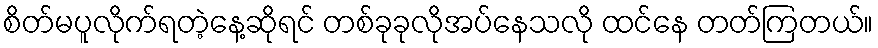
စိတ်မပူလိုက်ရတဲ့နေ့ဆိုရင် တစ်ခုခုလိုအပ်နေသလို ထင်နေ တတ်ကြတယ်။